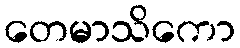
တေမာသိကော